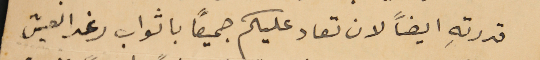
قدرتهِ ايضاً لان تعاد عليكم جميعًا باثواب رغد العيش